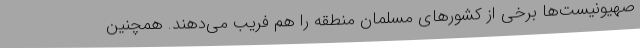
صهیونیست‌ها برخی از کشورهای مسلمان منطقه را هم فریب می‌دهند. همچنین